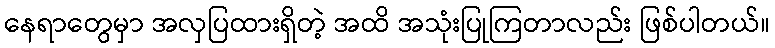
နေရာတွေမှာ အလှပြထားရှိတဲ့ အထိ အသုံးပြုကြတာလည်း ဖြစ်ပါတယ်။